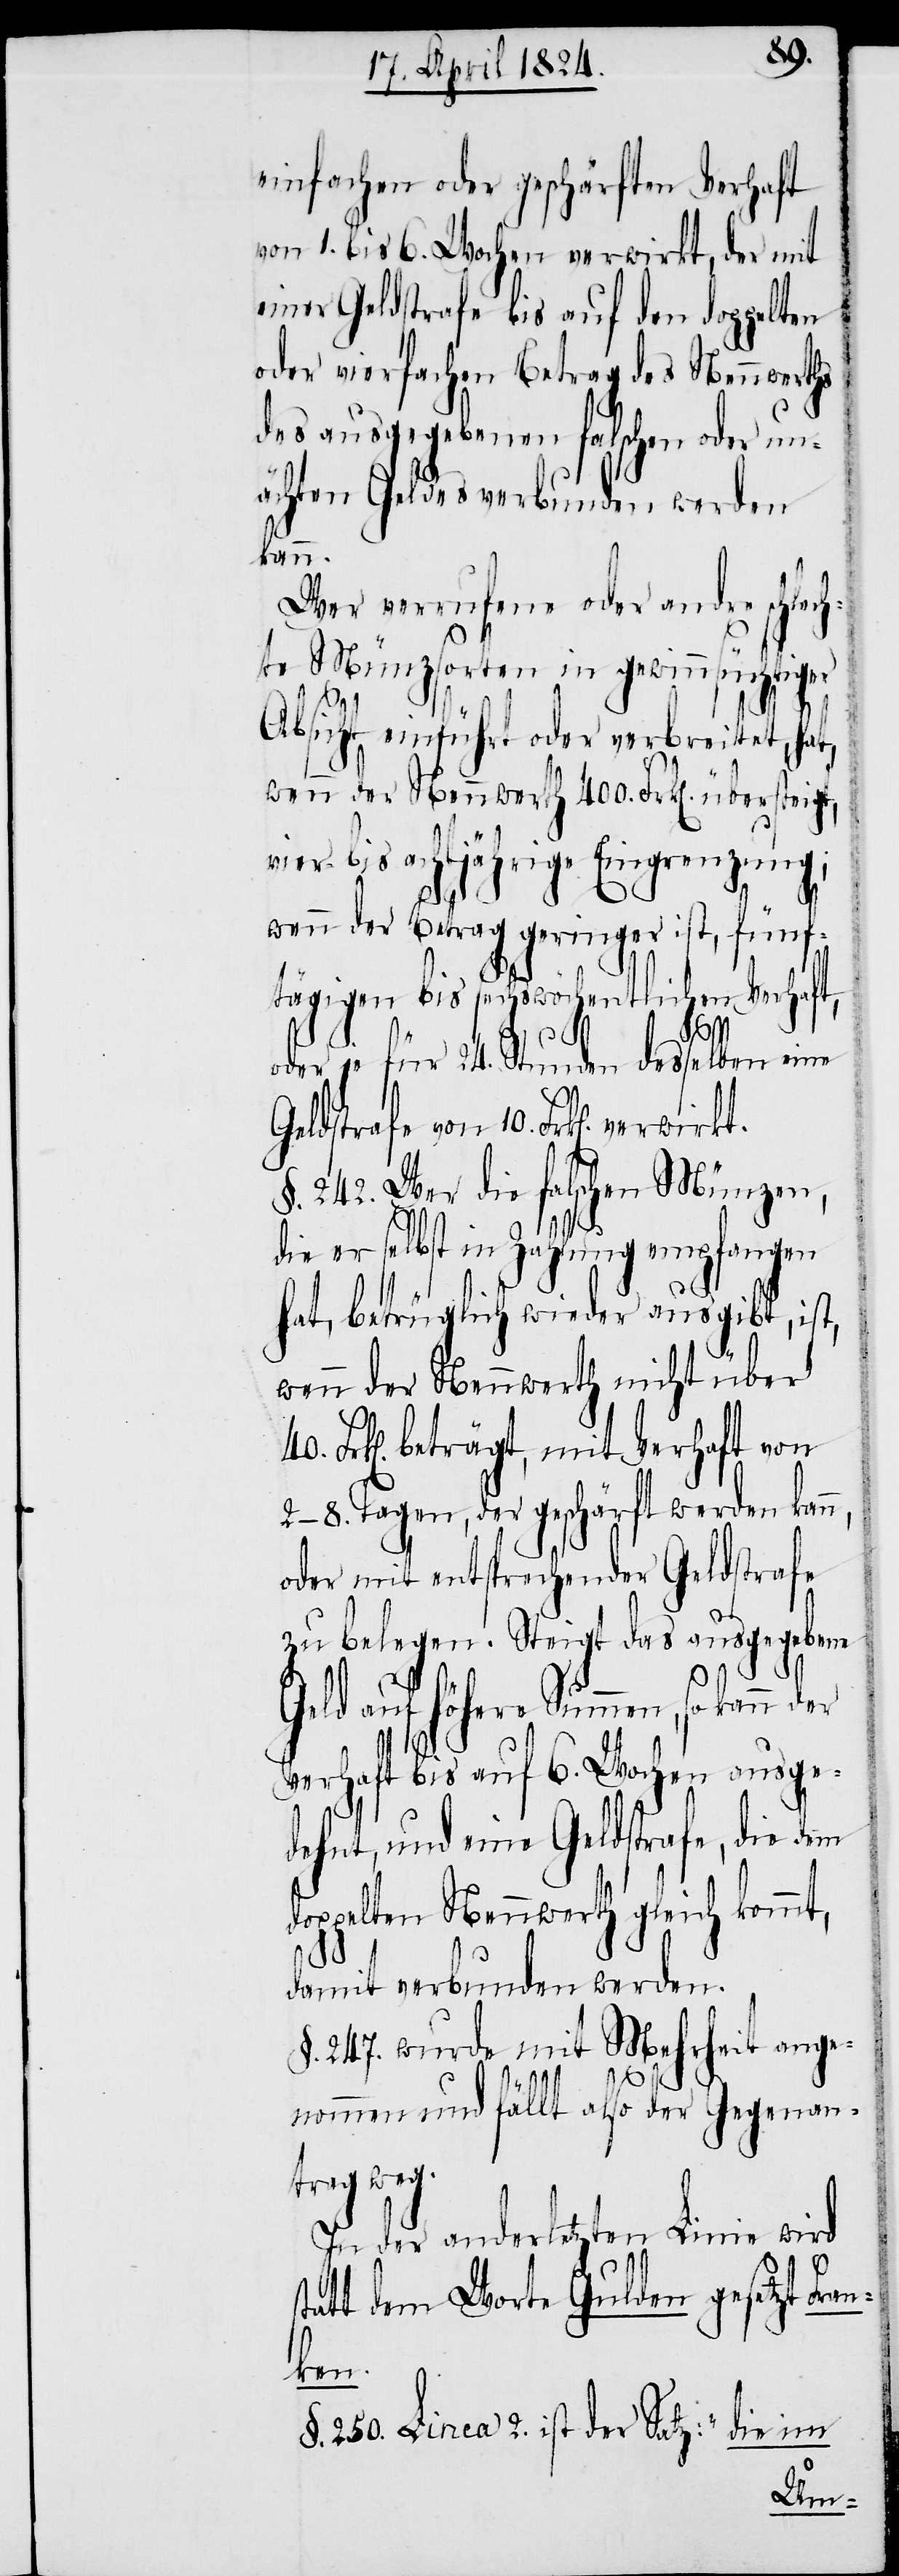
einfachen oder geschärften Verhaft
von 1. bis 6. Wochen verwirkt, der mit
einer Geldstrafe bis auf den doppelten
oder vierfachen Betrag des Nennwerths
des ausgegebenen falschen oder un¬
ächten Geldes verbunden werden
kann.
Wer verrufene oder andere schlec¬
hte Münzsorten in gewinnsüchtiger
Absicht einführt oder verbreitet, hat,
wen der Nennwerth 400. Frk[en].
vier- bis achtjährige Eingrenzung;
wenn der Betrag geringer ist, fünf¬
tägigen bis sechswöchentlichen Verhaft,
der
oder je für 24. Stunden desselben eine
Geldstrafe von 10. Frk[en]. verwirkt.
§. 242. Wer die falschen Münzen,
die er selbst in Zahlung empfangen
hat, betrüglich wieder ausgibt, ist,
wenn der Nennwerth nicht über
Frk[en]. beträgt, mit Verhaft von
2–8. Tagen, der geschärft werden kann,
oder mit entsprechender Geldstrafe
zu belegen. Steigt das ausgegebene
Geld auf höhere Summen, so kann
40.
Verhaft bis auf 6. Wochen ausge¬
dehnt, und eine Geldstrafe, die dem
doppelten Nennwerth gleich kommt,
damit verbunden werden.
§. 247. wurde mit Mehrheit ange¬
s¬
nommen und fällt also der Gegenan¬
trag weg.
In der anderletzten Linie wird
tatt dem Worte Gulden gesetzt Fra¬
nken.
„die im
§. 250. Linea 2. ist der Satz: